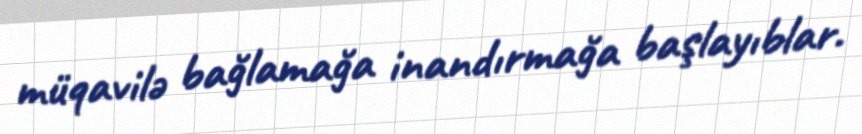
müqavilə bağlamağa inandırmağa başlayıblar.